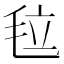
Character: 𣭉